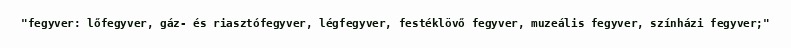
"fegyver: lőfegyver, gáz- és riasztófegyver, légfegyver, festéklövő fegyver, muzeális fegyver, színházi fegyver;"